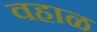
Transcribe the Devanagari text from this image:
वहाळ